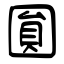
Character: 圎